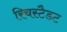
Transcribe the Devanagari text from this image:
रिचस्टैडट